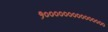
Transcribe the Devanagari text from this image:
१०००००००००००००००